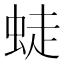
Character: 𧋨